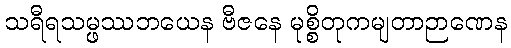
သရီရသမ္ဖဿဘယေန ဗီဇနေ မုစ္စိတုကမျတာဉာဏေန